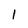
Character: I